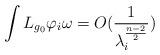
LaTeX: \begin{align*}\int L_{g_{0}}\varphi_{i}\omega=O(\frac{1}{\lambda_{i}^{\frac{n-2}{2}}}) \end{align*}